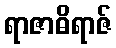
ရာဇာဓိရာဇ်